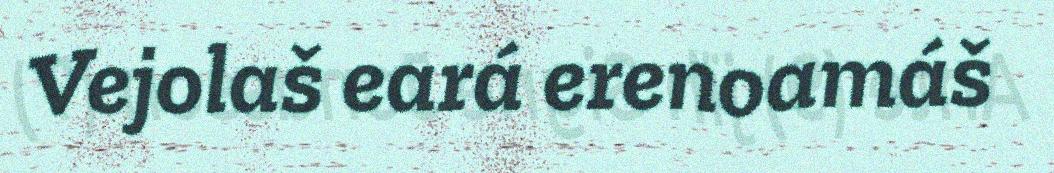
Vejolaš eará erenoamáš